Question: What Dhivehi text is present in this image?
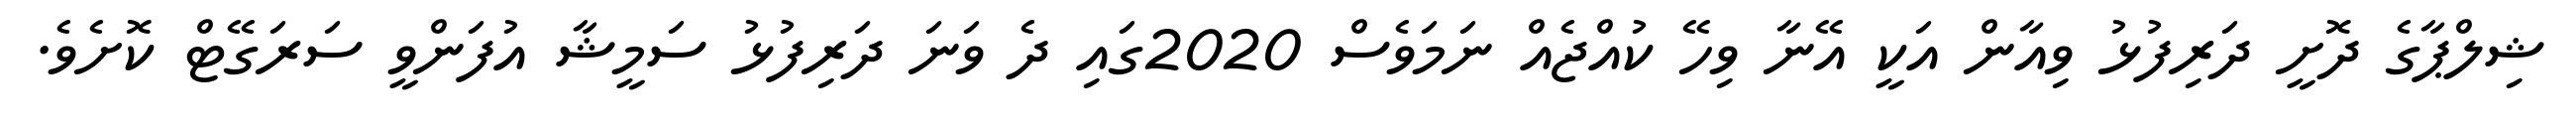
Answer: ޝިލްޕާގެ ދޮށީ ދަރިފުޅު ވިއާން އަކީ އޭނާ ވިހޭ ކުއްޖެއް ނަމަވެސް 2020ގައި ދެ ވަނަ ދަރިފުޅު ސަމީޝާ އުފަންވީ ސަރަގޭޓް ކޮށެވެ.